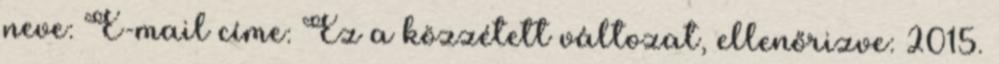
neve: E-mail címe: Ez a közzétett változat, ellenőrizve: 2015.